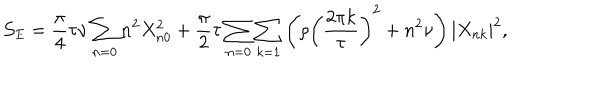
{ \cal S } _ { E } = \frac { \pi } { 4 } \tau \nu \sum _ { n = 0 } n ^ { 2 } X _ { n 0 } ^ { 2 } + \frac { \pi } { 2 } \tau \sum _ { n = 0 } \sum _ { k = 1 } \left( \rho \left( \frac { 2 \pi k } { \tau } \right) ^ { 2 } + n ^ { 2 } \nu \right) | X _ { n k } | ^ { 2 } ,